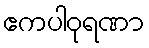
ဧကပါဝုရဏာ